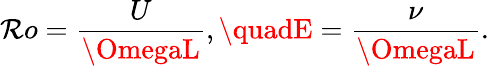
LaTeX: \mathcal{R}o=\frac{{U}}{{\OmegaL}},\quadE=\frac{{\nu}}{{\OmegaL}}.